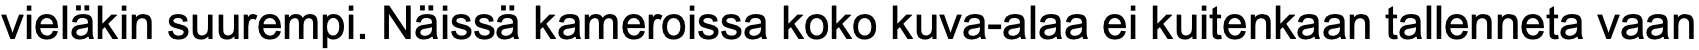
vieläkin suurempi. Näissä kameroissa koko kuva-alaa ei kuitenkaan tallenneta vaan